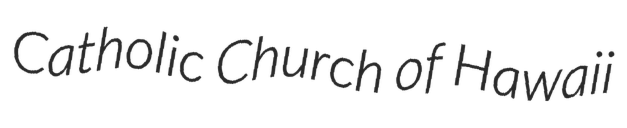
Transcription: Catholic Church of Hawaii